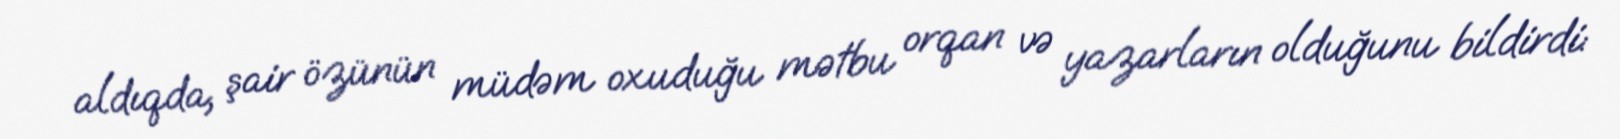
aldıqda, şair özünün müdəm oxuduğu mətbu orqan və yazarların olduğunu bildirdi: